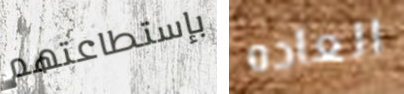
بإستطاعتهم العاده